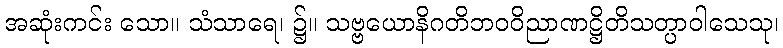
အဆုံးကင်း သော။ သံသာရေ၊ ၌။ သဗ္ဗယောနိဂတိဘဝဝိညာဏဋ္ဌိတိသတ္ပာဝါသေသု၊